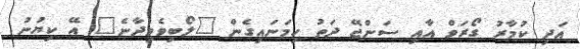
އަދި ކުމާރު ގޯރަވް އާއި ސަންޖޭ ދަތު ހިމަނައިގެން "ލޯބިވެވިދާނެ" އޭ ކިޔުނު